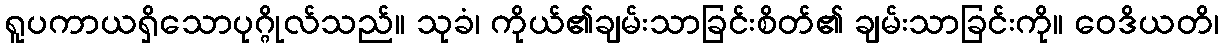
ရူပကာယရှိသောပုဂ္ဂိုလ်သည်။ သုခံ၊ ကိုယ်၏ချမ်းသာခြင်းစိတ်၏ ချမ်းသာခြင်းကို။ ဝေဒိယတိ၊